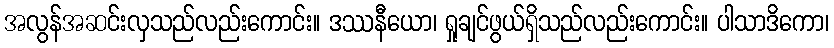
အလွန်အဆင်းလှသည်လည်းကောင်း။ ဒဿနီယော၊ ရှုချင်ဖွယ်ရှိသည်လည်းကောင်း။ ပါသာဒိကော၊